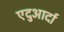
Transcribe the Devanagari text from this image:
एदुआर्दा